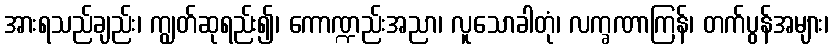
အားရသည်ချည်း၊ ကျွတ်ဆုရည်း၍၊ ကောဏ္ဍည်းအညာ၊ လူသောခါတုံ၊ လက္ခဏာကြန်၊ တက်ပွန်အများ၊